Leaving Certificate Examination (including Day School Certificate (Higher) General paper), 1935
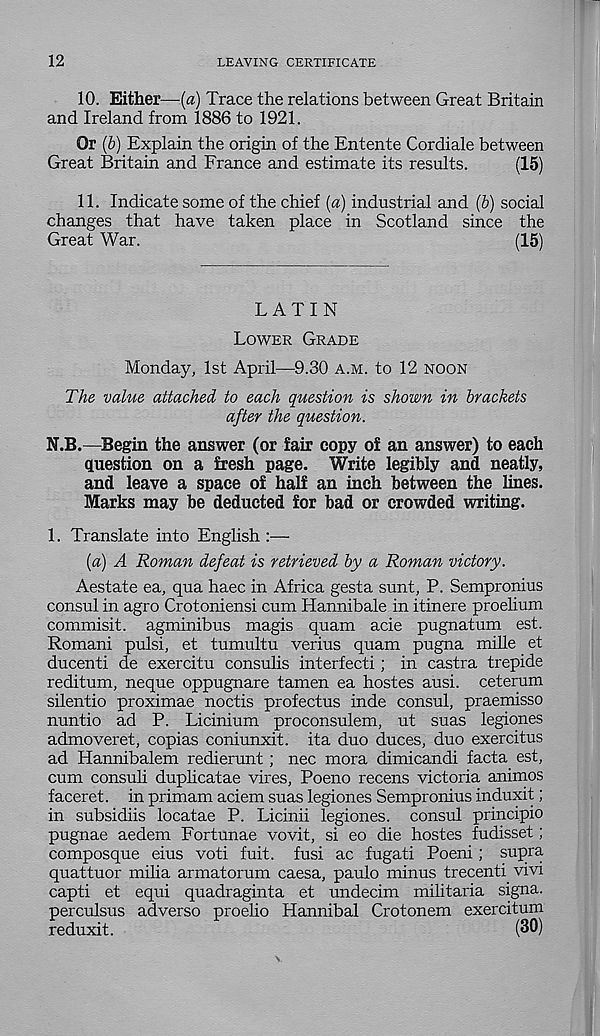
12
LEAVING CERTIFICATE
10. Either—(a) Trace the relations between Great Britain
and Ireland from 1886 to 1921.
Or (b) Explain the origin of the Entente Cordiale between
Great Britain and France and estimate its results.
(15)
11. Indicate some of the chief (a) industrial and (b) social
changes that have taken place in Scotland since the
Great War.
(15)
LATIN
LOWER GRADE
Monday, 1st April—9.30 A.M. to 12 NOON
The value attached to each question is shown in brackets
after the question.
N.B.—Begin the answer (or fair copy of an answer) to each
question on a fresh page. Write legibly and neatly,
and leave a space of half an inch between the lines.
Marks may be deducted for bad or crowded writing.
1. Translate into English
(a) A Roman defeat is retrieved by a Roman victory.
Aestate ea, qua haec in Africa gesta sunt, P. Sempronius
consul in agro Crotoniensi cum Hannibale in itinere proelium
commisit. agminibus magis quam acie pugnatum est.
Romani pulsi, et tumultu verius quam pugna mille et
ducenti de exercitu consulis interfecti; in castra trepide
reditum, neque oppugnare tamen ea hostes ausi. ceterum
silentio proximae noctis profectus inde consul, praemisso
nuntio ad P. Licinium proconsulem, ut suas legiones
admoveret, copias coniunxit. ita duo duces, duo exercitus
ad Hannibalem redierunt; nec mora dimicandi facta est,
cum consuh duplicatae vires, Poeno recens victoria animos
faceret. in primam aciem suas legiones Sempronius induxit;
in subsidiis locatae P. Licinii legiones. consul principio
pugnae aedem Fortunae vovit, si eo die hostes fudisset;
composque eius voti fuit. fusi ac fugati Poeni; supra
quattuor milia armatorum caesa, paulo minus trecenti vivi
capti et equi quadraginta et undecim militaria signa.
perculsus adverse proelio Hannibal Crotonem exercitum
reduxit.
(30)